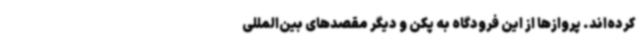
کرده‌اند. پروازها از این فرودگاه به پکن و دیگر مقصدهای بین‌المللی